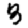
Digit: 3